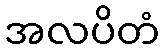
အလပိတံ